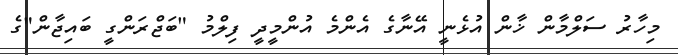
މިހާރު ސަލްމާން ޚާން އުޅެނީ އޭނާގެ އެންމެ އުންމީދީ ފިލްމު "ބަޖްރަންގީ ބައިޖާން"ގެ